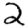
Digit: 2